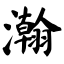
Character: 瀚